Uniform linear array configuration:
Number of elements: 24
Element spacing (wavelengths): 0.75
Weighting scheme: exponential
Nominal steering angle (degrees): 15
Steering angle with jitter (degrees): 14.496
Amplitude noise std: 0.05
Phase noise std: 0.05

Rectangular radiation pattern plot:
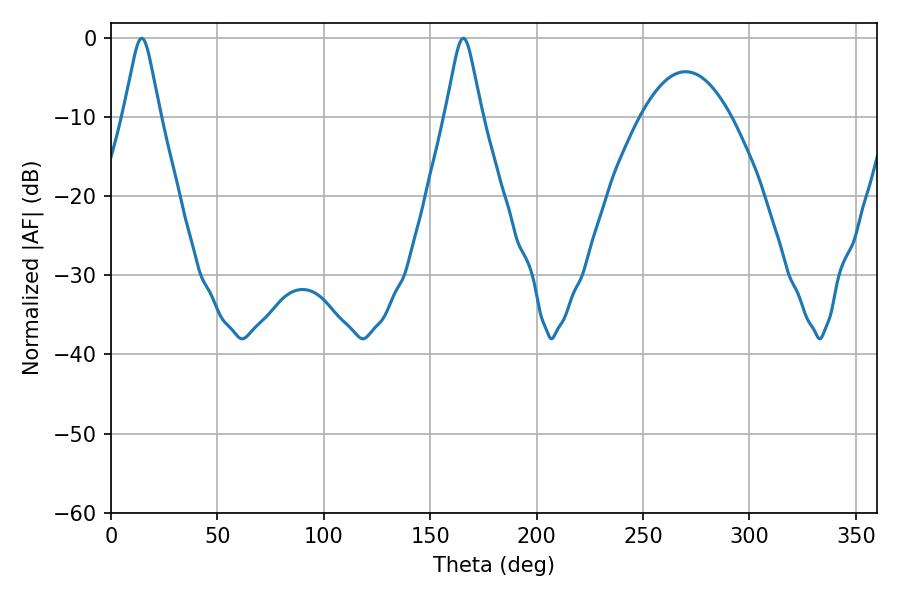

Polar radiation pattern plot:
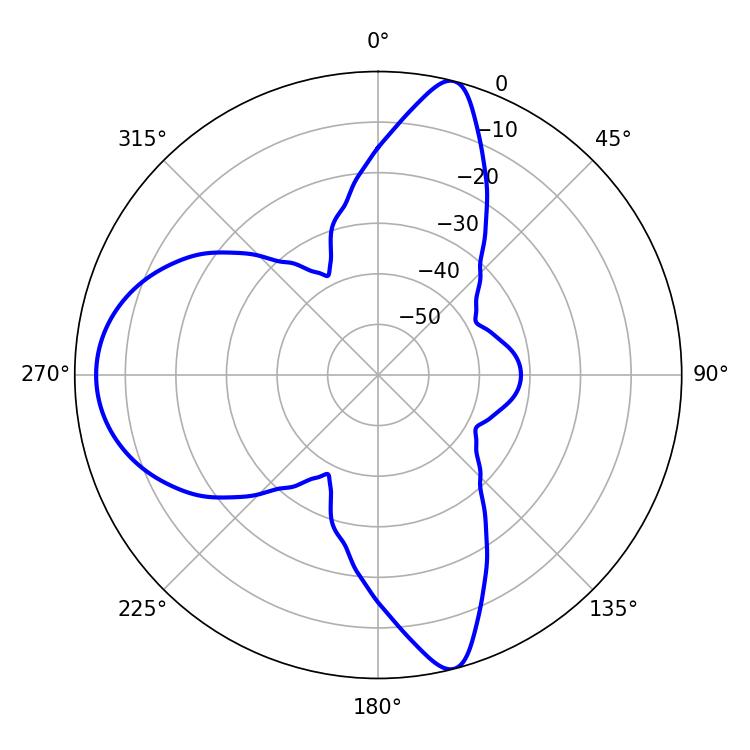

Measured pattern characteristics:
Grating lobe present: TRUE
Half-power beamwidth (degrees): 8.1
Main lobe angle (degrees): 14.4